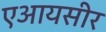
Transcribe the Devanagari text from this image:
एआयसीर